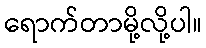
ရောက်တာမို့လို့ပါ။